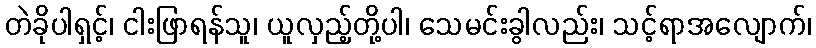
တဲခိုပါရှင့်၊ ငါးဖြာရန်သူ၊ ယူလှည့်တို့ပါ၊ သေမင်းခွါလည်း၊ သင့်ရာအလျောက်၊